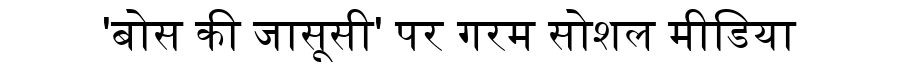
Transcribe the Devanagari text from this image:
'बोस की जासूसी' पर गरम सोशल मीडिया